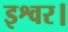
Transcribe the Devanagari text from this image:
इश्वर।